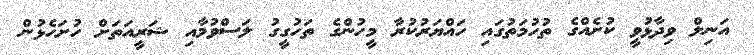
އަނިލް ވިދާޅުވީ ކުށެއްގެ ތުހުމަތުގައި ހައްޔަރުކުރާ މީހުންގެ ތަހުގީގު ލަސްވުމާއި ޝަރީއަތަށް ހުށަހެޅުން